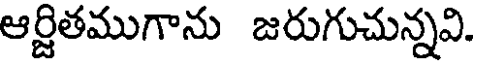
ఆర్జితముగాను జరుగుచున్నవి.